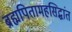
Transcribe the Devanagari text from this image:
ब्रह्मपितामहसिद्धांत